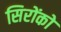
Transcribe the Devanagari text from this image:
सिरोंको